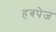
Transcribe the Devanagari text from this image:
हबपेज